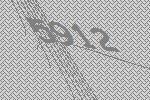
5912